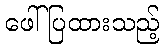
ဖေါ်ပြထားသည့်